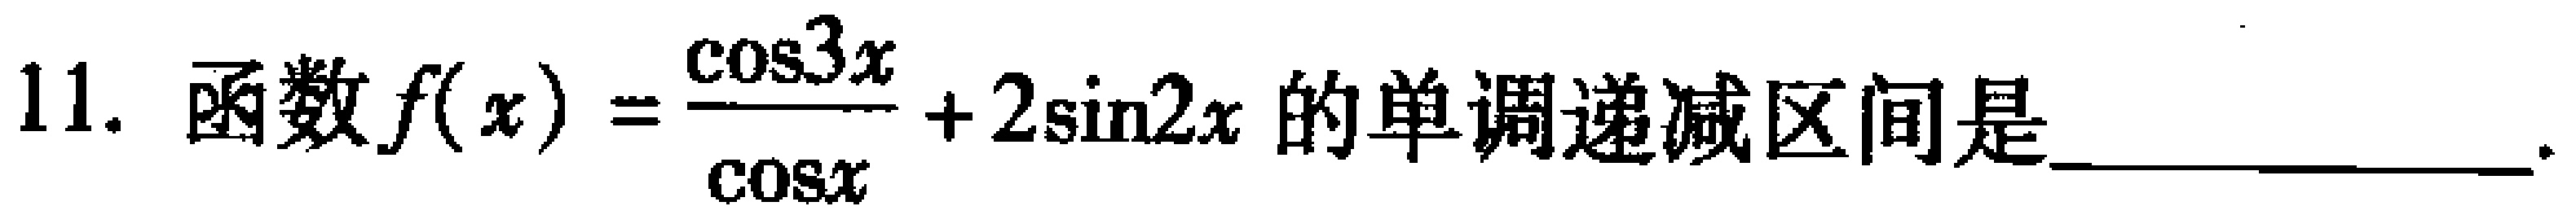
11. 函数\(f(x)=\frac{\cos3x}{\cos x}+2\sin2x\)的单调递减区间是  。